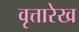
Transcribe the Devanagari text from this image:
वृत्तारेख